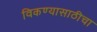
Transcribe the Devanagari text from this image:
विकण्यासाठीचा